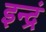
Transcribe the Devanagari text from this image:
इन्द्रं